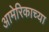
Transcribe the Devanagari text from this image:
आमेरिकाच्या